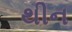
થીન